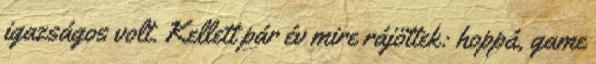
igazságos volt. Kellett pár év mire rájöttek: hoppá, game